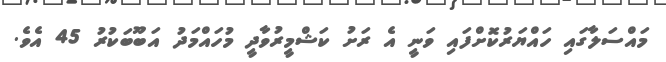
މައްސަލާގައި ހައްޔަރުކޮށްފައި ވަނީ އެ ރަށު ކަޝްމީރުވާދީ މުހައްމަދު އަބޫބަކުރު 45 އެވެ.